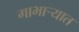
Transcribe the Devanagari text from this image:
गाभार्‍यात